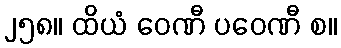
၂၅၈။ ထိယံ ဝေဏီ ပဝေဏီ စ။